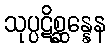
သုပ္ပဋိစ္ဆန္နေန